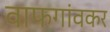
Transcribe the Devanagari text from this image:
वाफगांवकर